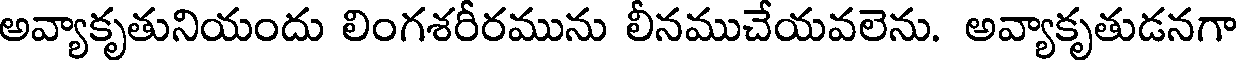
అవ్యాకృతునియందు లింగశరీరమును లీనముచేయవలెను. అవ్యాకృతుడనగా